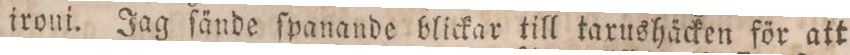
ironi. Jag ſände ſpanande blickar till taxushäcken för att